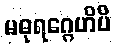
မဓုရဂ္ဂေဟိပိ